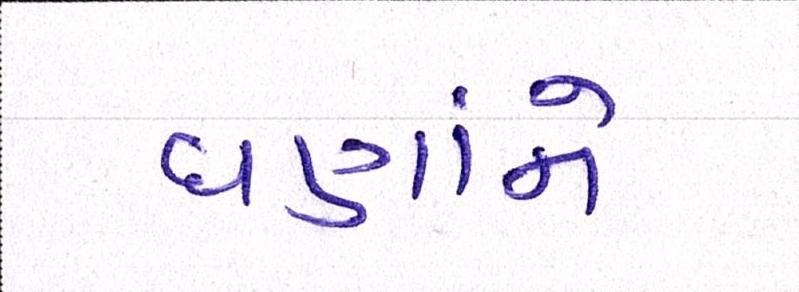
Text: ઘણાંને